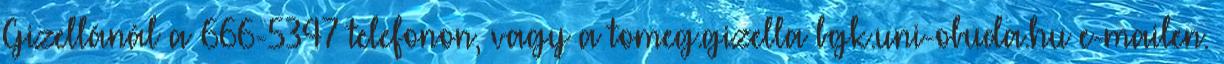
Gizellánál a 666-5347 telefonon, vagy a tomeg.gizella bgk.uni-obuda.hu e-mailen.